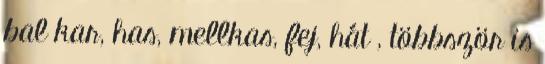
bal kar, has, mellkas, fej, hát , többször is